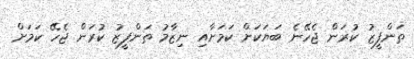
ތަންފީޒު ކުރަން ޖެހޭނެ ބަޔަކަށް ކަމަށާއި ނިޒާމު ތަންފީޒު ކުރަން ޖެހޭ ކަމަށް